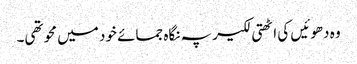
وہ دھوئیں کی اٹھتی لکیر پہ نگاہ جمائے خود میں محو تھی۔